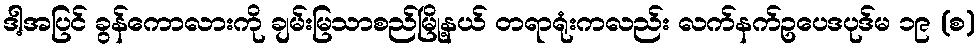
ဒါ့အပြင် ခွန်ကောလားကို ချမ်းမြသာစည်မြို့နယ် တရာရုံးကလည်း လက်နက်ဥပေဒပုဒ်မ ၁၉ (စ)